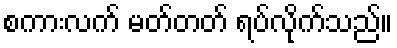
စကားလက် မတ်တတ် ရပ်လိုက်သည်။